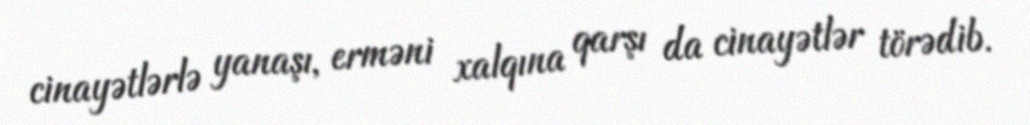
cinayətlərlə yanaşı, erməni xalqına qarşı da cinayətlər törədib.